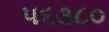
૫૬૩૮૦